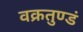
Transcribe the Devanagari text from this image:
वक्रतुण्डं